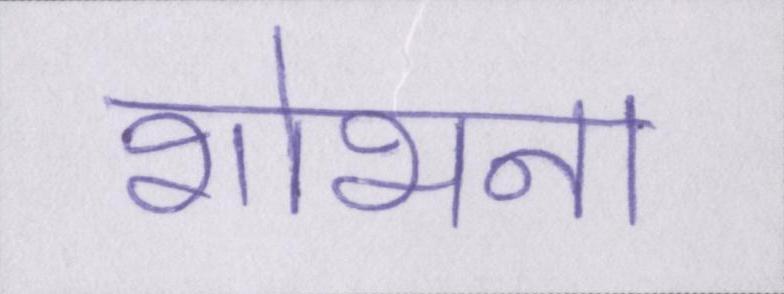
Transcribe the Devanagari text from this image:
शोभना